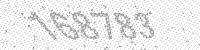
Solution: 168783